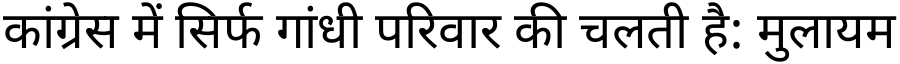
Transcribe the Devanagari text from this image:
कांग्रेस में सिर्फ गांधी परिवार की चलती है: मुलायम